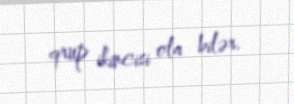
qrup ikincisi ola bilər.